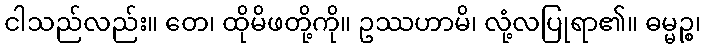
ငါသည်လည်း။ တေ၊ ထိုမိဖတို့ကို။ ဥဿဟာမိ၊ လုံ့လပြုရာ၏။ ဓမ္မဉ္စ၊